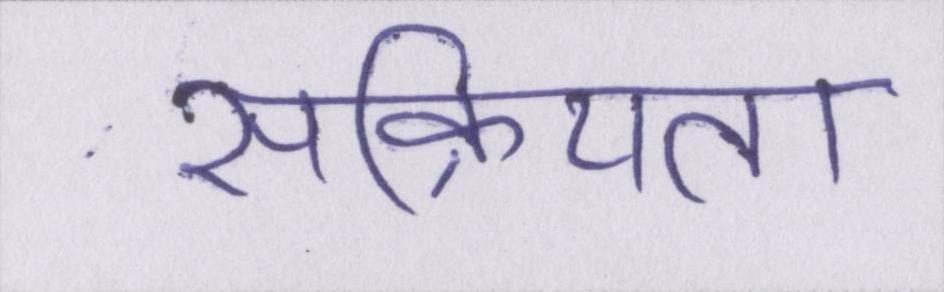
सक्रियता